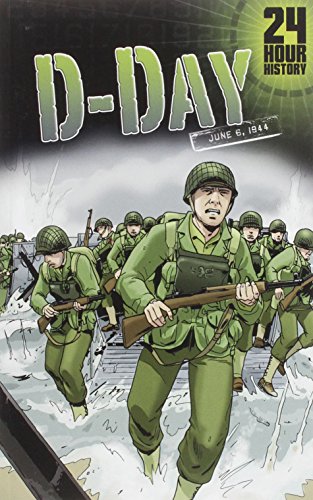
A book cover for D-Day: June 6, 1944 (24-Hour History); Agnieszka Biskup; Children's Books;